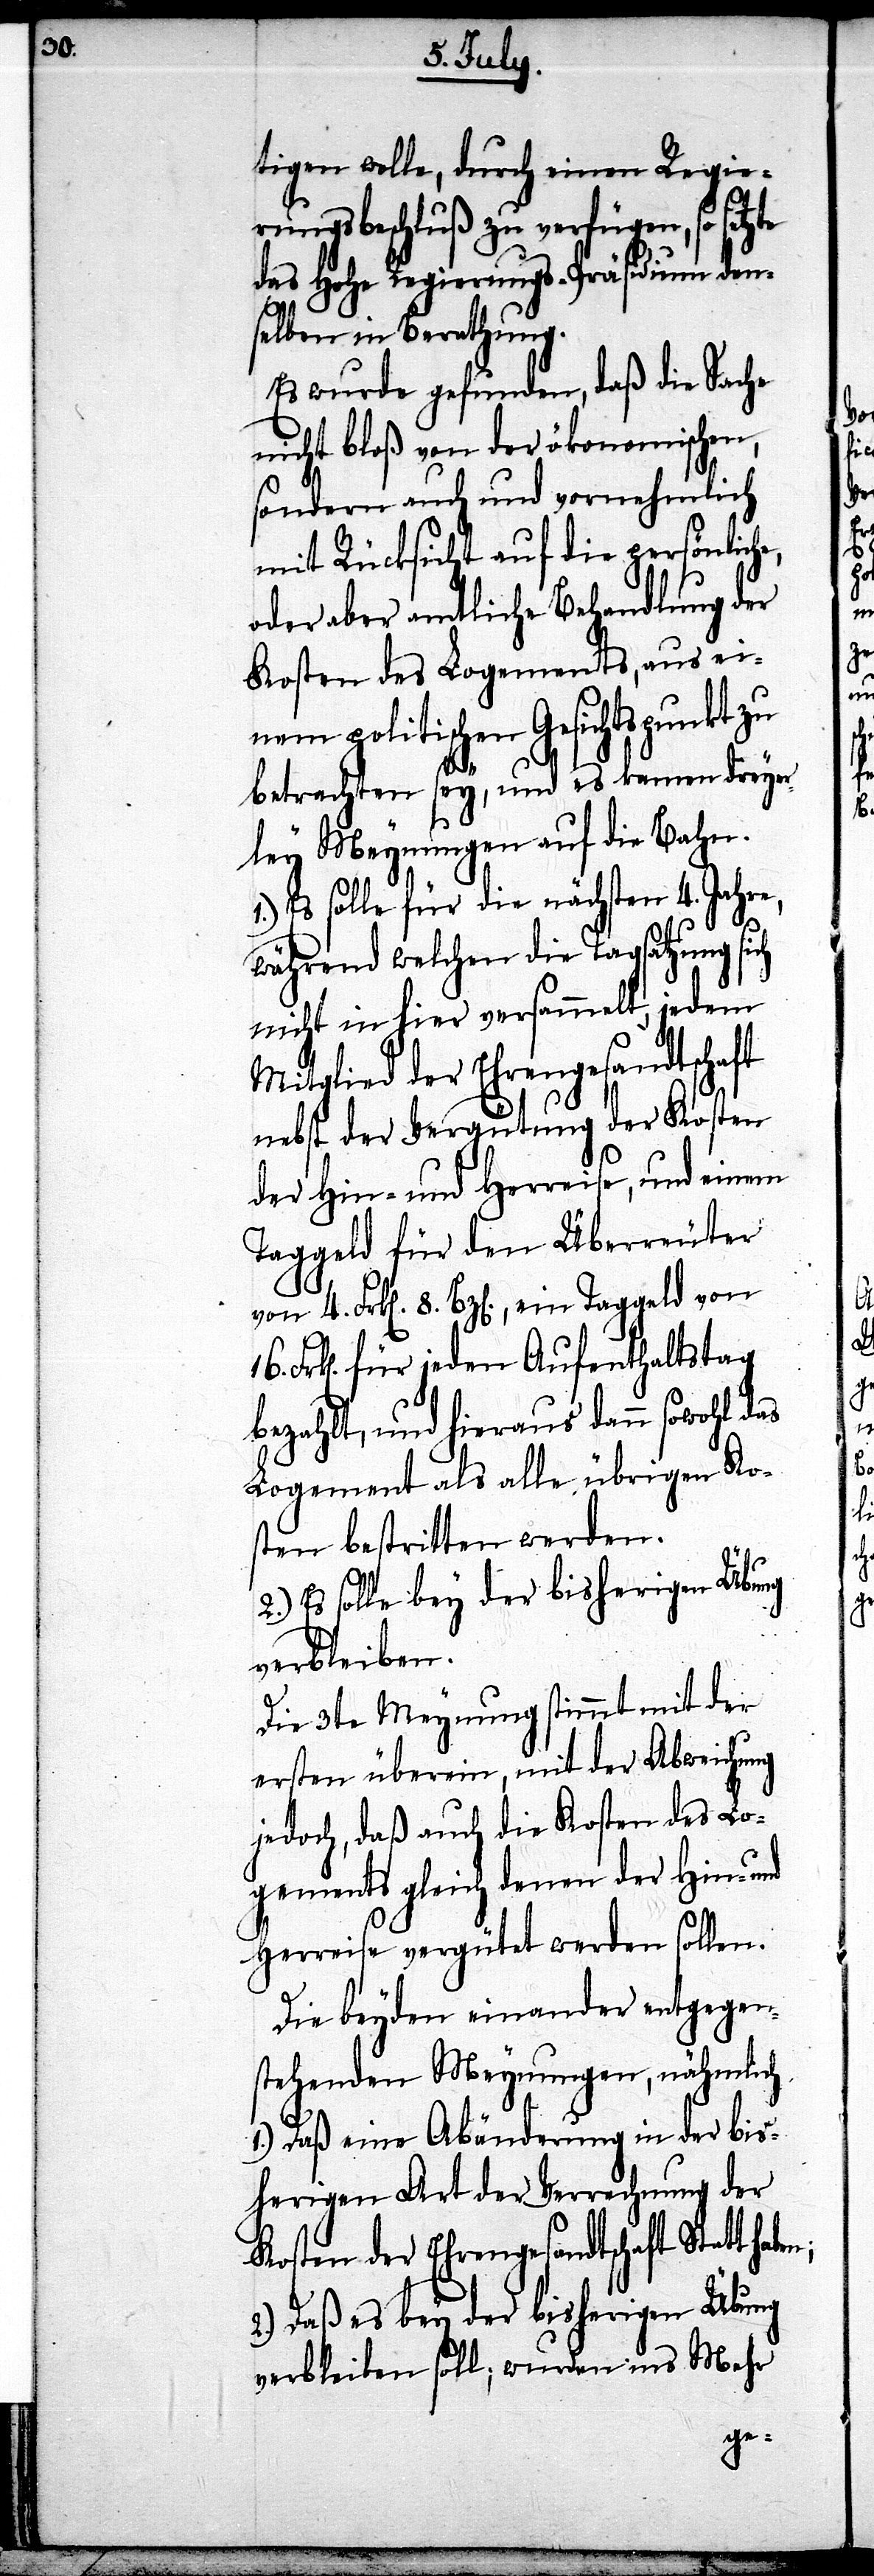
tigen wolle, durch einen Regie¬
rungsbeschluß zu verfügen, so setzte
das Hohe Regierungs-Präsidium den¬
selben in Berathung.
Es wurde gefunden, daß die Sache
nicht bloß von der ökonomischen,
sondern auch und vornehmlich
mit Rücksicht auf die persönliche,
oder aber amtliche Behandlung der
Kosten des Logements, aus ei¬
nem politischen Gesichtspunkt zu
betrachten sey, und es kamen dreyer¬
ley Meynungen auf die Bahn.
Es solle für die nächsten 4. Jahre,
während welchen die Tagsatzung sich
nicht in hier versammelt, jedem
Mitglied der Ehrengesandtschaft
nebst der Vergütung der Kosten
der Hin- und Herreise, und einem
Taggeld für den Überreuter
Frk[en]. für jeden Aufenthaltstag
bezahlt, und hieraus dann sowohl das
Logement als alle übrigen Ko¬
sten bestritten werden.
2.) Es solle bey der bisherigen Übung
verbleiben.
Die 3te Meynung stimmt mit der
ersten überein, mit der Abweisung
jedoch, daß auch die Kosten des Lo¬
gements gleich denen der Hin- und
Herreise vergütet werden sollen.
Die beyden einander entgegen¬
stehenden Meynungen, nähmlich
1.) Daß eine Abänderung in der bis¬
herigen Art der Verrechnung der
Kosten der Ehrengesandtschaft Statt
2.) Daß es bey der bisherigen Übung
verbleiben soll; wurden ins Mehr